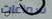
سماعات